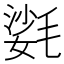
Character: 𣯌